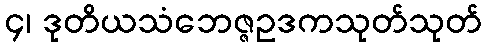
၄၊ ဒုတိယသံဘေဇ္ဇဥဒကသုတ်သုတ်